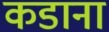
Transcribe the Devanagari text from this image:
कडाना